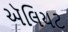
ઍલિયટ